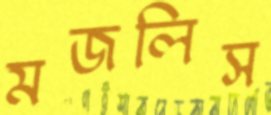
মজলিস